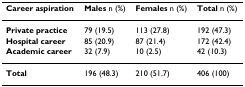
<table><thead><tr><td><b>Career aspiration</b></td><td><b>Males n (%)</b></td><td><b>Females n (%)</b></td><td><b>Total n (%)</b></td></tr></thead><tbody><tr><td><b>Private practice</b></td><td>79 (19.5)</td><td>113 (27.8)</td><td>192 (47.3)</td></tr><tr><td><b>Hospital career</b></td><td>85 (20.9)</td><td>87 (21.4)</td><td>172 (42.4)</td></tr><tr><td><b>Academic career</b></td><td>32 (7.9)</td><td>10 (2.5)</td><td>42 (10.3)</td></tr><tr><td><b>Total</b></td><td>196 (48.3)</td><td>210 (51.7)</td><td>406 (100)</td></tr></tbody></table>